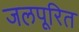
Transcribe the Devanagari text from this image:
जलपूरित